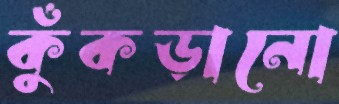
কুঁকড়ানো